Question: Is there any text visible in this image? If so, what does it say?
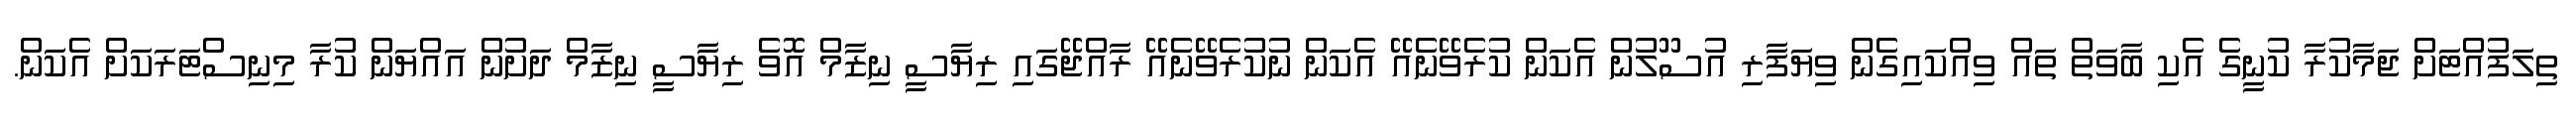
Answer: ތިލަފުއްޓަށް ޖަމާކުރާ ކުނީގެ އެކި ބާވަތް ތައް ވިއްކައިގެން ވިޔަފާރި އުސޫލުން އެކަން ކުރެވޭނެއޭ އެކަން ނުކުރެވޭނެއޭ ރާއްޖޭގައި ރިޔާސީ ނިޒާމް އޮވެ ރިޔާސީ ނިޒާމް ދަށުން އައްޔަން ކުރާ މިނިސްޓަރަކަށް އެކަން.